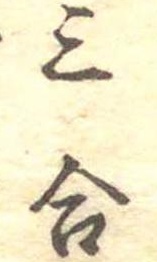
三合